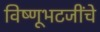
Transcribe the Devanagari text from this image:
विष्णूभटजींचे